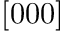
[ 0 0 0 ]